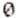
0